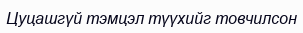
Цуцашгүй тэмцэл түүхийг товчилсон